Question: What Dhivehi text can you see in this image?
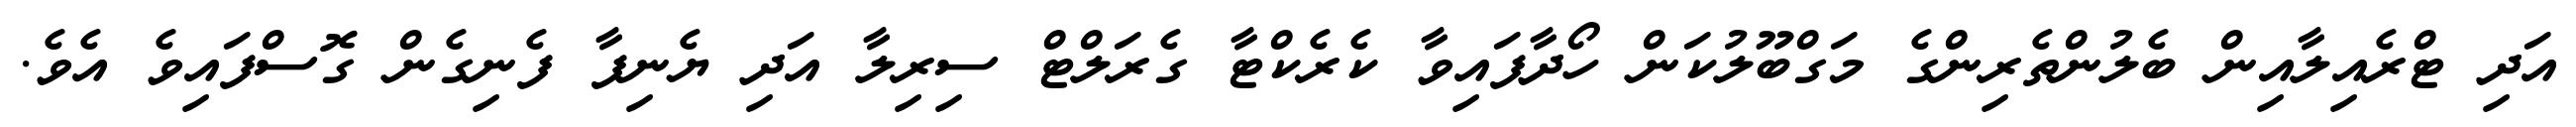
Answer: އަދި ޓްރެއިލާއިން ބެލުންތެރިންގެ މަގްބޫލުކަން ހޯދާފައިވާ ކެރެކްޓާ ގެރަލްޓް ސިރިލާ އަދި ޔެނިފާ ފެނިގެން ގޮސްފައިވެ އެވެ.